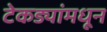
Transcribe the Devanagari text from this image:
टेकड्यांमधून